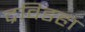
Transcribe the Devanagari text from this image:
द्रविडहा